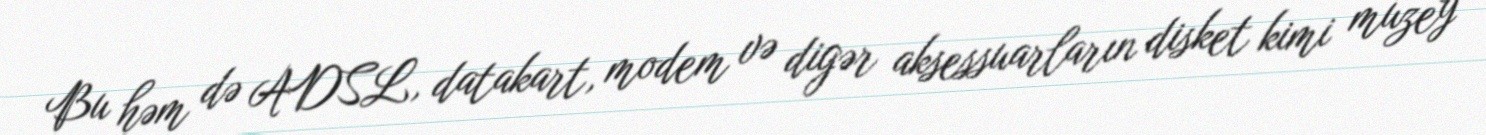
Bu həm də ADSL, datakart, modem və digər aksessuarların disket kimi muzey